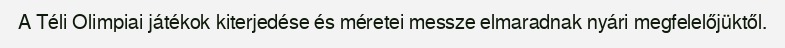
A Téli Olimpiai játékok kiterjedése és méretei messze elmaradnak nyári megfelelőjüktől.